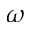
\omega